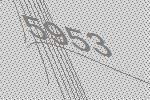
5953